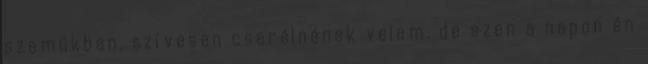
szemükban, szívesen cserélnének velem, de ezen a napon én